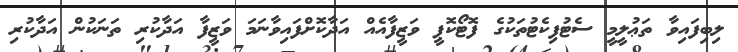
ލިބިފައިވާ ތަޢުލީމީ ސެޓުފިކެޓުތަކުގެ ފޮޓޯކޮޕީ ވަޒީފާއެއް އަދާކޮށްފައިވާނަމަ ވަޒީފާ އަދާކުރި ތަނަކުން އަދާކުރި